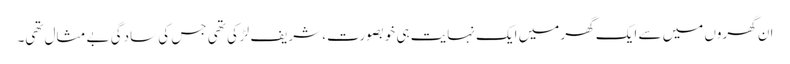
ان گھروں میں سے ایک گھر میں ایک نہایت ہی خوبصورت، شریف لڑکی تھی جس کی سادگی بے مثال تھی۔